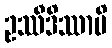
ဥဿီဒိဿာမိ